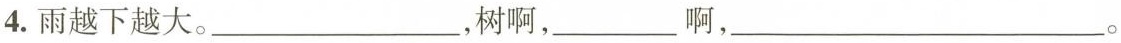
4.雨越下越大。___，树啊，___啊，___。